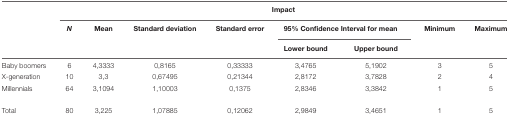
<table><thead><tr><td></td><td colspan="8"><b>Impact</b></td></tr><tr><td></td><td><b><i>N</i></b></td><td><b>Mean</b></td><td><b>Standard deviation</b></td><td><b>Standard error</b></td><td colspan="2"><b>95% Confidence Interval for mean</b></td><td><b>Minimum</b></td><td><b>Maximum</b></td></tr><tr><td></td><td></td><td></td><td></td><td></td><td><b>Lower bound</b></td><td><b>Upper bound</b></td><td></td><td></td></tr></thead><tbody><tr><td>Baby boomers</td><td>6</td><td>4,3333</td><td>0,8165</td><td>0,33333</td><td>3,4765</td><td>5,1902</td><td>3</td><td>5</td></tr><tr><td>X-generation</td><td>10</td><td>3,3</td><td>0,67495</td><td>0,21344</td><td>2,8172</td><td>3,7828</td><td>2</td><td>4</td></tr><tr><td>Millennials</td><td>64</td><td>3,1094</td><td>1,10003</td><td>0,1375</td><td>2,8346</td><td>3,3842</td><td>1</td><td>5</td></tr><tr><td>Total</td><td>80</td><td>3,225</td><td>1,07885</td><td>0,12062</td><td>2,9849</td><td>3,4651</td><td>1</td><td>5</td></tr></tbody></table>